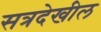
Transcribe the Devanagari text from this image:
सत्रदेखील